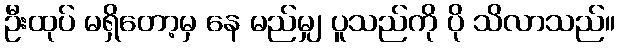
ဦးထုပ် မရှိတော့မှ နေ မည်မျှ ပူသည်ကို ပို သိလာသည်။